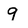
Character: 9